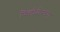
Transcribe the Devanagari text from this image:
फिलोदोरच्या